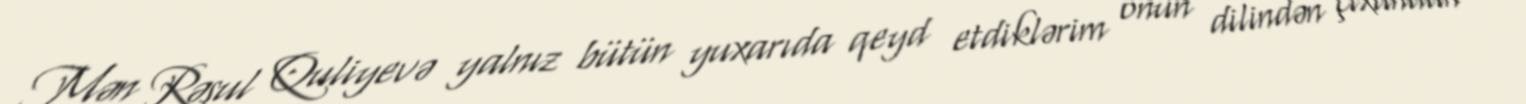
Mən Rəsul Quliyevə yalnız bütün yuxarıda qeyd etdiklərim onun dilindən çıxandan